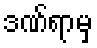
ဒဏ်ရာမှ